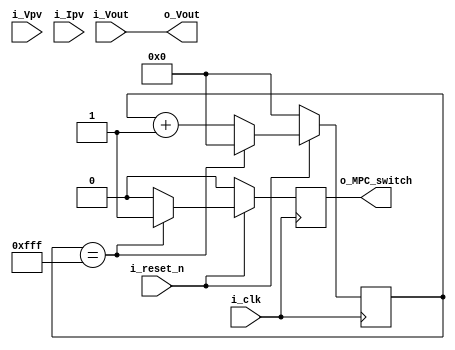
module FIL_TEST
(
input i_clk,
input i_reset_n,

input [31:0] i_Vpv,
input [31:0] i_Ipv,
input [31:0] i_Vout,

output [31:0] o_Vout,

output reg o_MPC_switch

	);

reg [12:0] counter;
assign o_Vout = i_Vout;

always@(posedge i_clk)
begin
if(~i_reset_n) begin counter <= 0; o_MPC_switch <= 0; end
else begin
if(counter == 12'b1111_1111_1111) begin counter <= 0; o_MPC_switch <= 1; end
else begin counter <= counter + 1; o_MPC_switch <= 0; end
end
end


endmodule